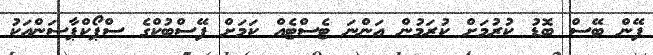
ފޭން ބޭސް ބޮޑު ކުރުމަށް ކުރަމުން އަންނަ ޓެސްޓެއް ކަމަށް ފޭސްބުކްގެ ސްޕޯކްޕާސަންއަކު